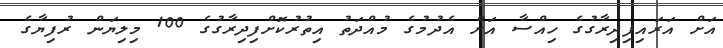
އަށް އަރައިފިދިރާގުގެ ހިއްސާ އަށް އެދުމުގެ މުއްދަތު އިތުރުކޮށްފިދިރާގުގެ 100 މިލިޔަން ރުފިޔާގެ